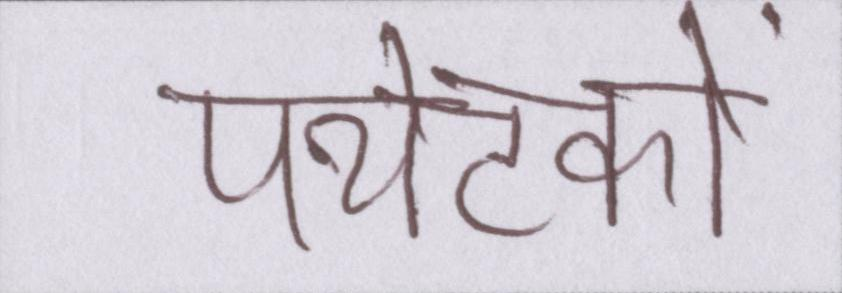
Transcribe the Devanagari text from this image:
पर्यटकों